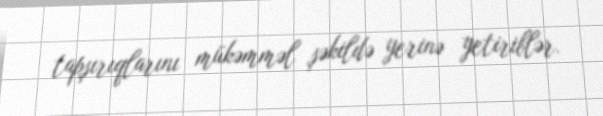
tapşırıqlarını mükəmməl şəkildə yerinə yetiriblər.